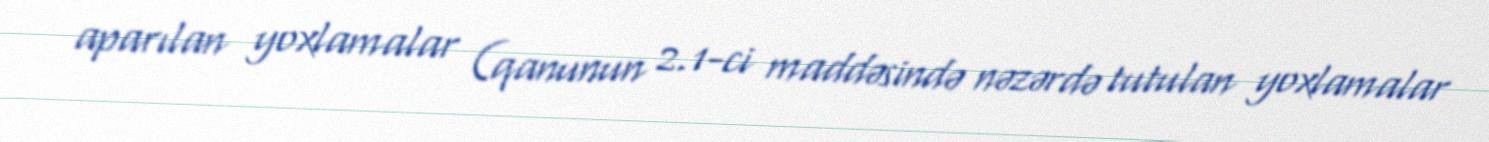
aparılan yoxlamalar (qanunun 2.1-ci maddəsində nəzərdə tutulan yoxlamalar